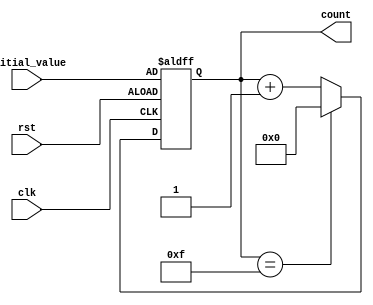
module counter (count, clk, rst, initial_value);

    input clk, rst;
    input [3:0] initial_value;
    output [3:0] count;
    reg [3:0] count;
    
    always @ (posedge clk or posedge rst)
        if (rst)
            count <= initial_value;
        else if( count == 4'b1111)
            count <= 4'b0000;
        else
            count <= count + 4'b0001;

endmodule